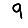
Digit: 9